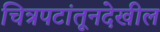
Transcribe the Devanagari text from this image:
चित्रपटांतूनदेखील